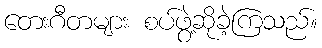
တေးဂီတများ စပ်ဖွဲ့ဆိုခဲ့ကြသည်။